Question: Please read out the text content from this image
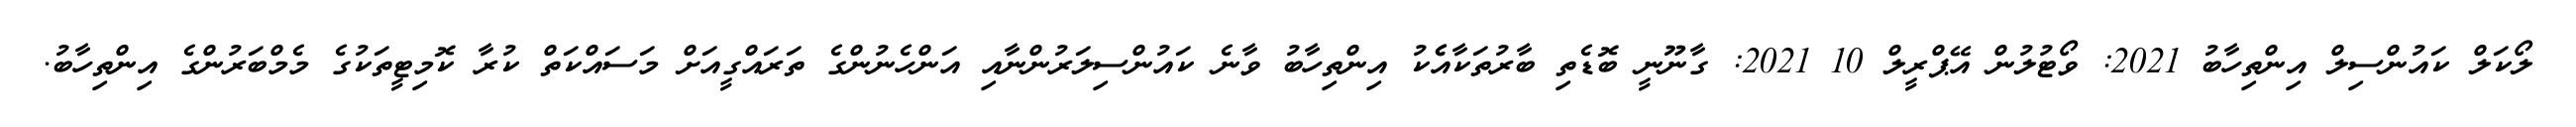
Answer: ލޯކަލް ކައުންސިލް އިންތިހާބު 2021: ވޯޓުލުން އޭޕްރީލް 10 2021: ގާނޫނީ ބޮޑެތި ބާރުތަކާއެެކު އިންތިހާބު ވާނެ ކައުންސިލަރުންނާއި އަންހެނުންގެ ތަރައްގީއަށް މަސައްކަތް ކުރާ ކޮމިޓީތަކުގެ މެމްބަރުންގެ އިންތިހާބު.